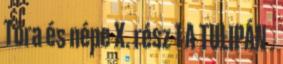
Tóra és népe X. rész 1 A TULIPÁN .